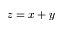
z = x + y